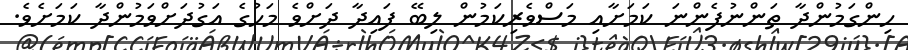
ހިންގަމުންދާ ތަންނުފެންނަ ކަމަށާއި މަސްވެރިކަމުން ލިބޭ ފައިދާ ދަށްވެ މަހުގެ އަގުދަށްވަމުންދާ ކަމަށެވެ.